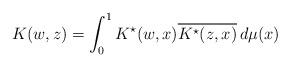
LaTeX: \begin{align*} K(w,z)=\int_{0}^{1}K^{\star}(w,x)\overline{K^{\star}(z,x)}\,d\mu(x)\end{align*}